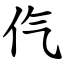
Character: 㐹